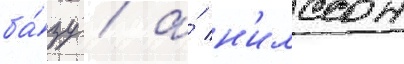
ба́зу / а́ н'илссон